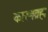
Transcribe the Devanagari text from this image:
कारणब्रह्म